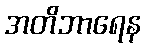
အတိဘာရေန